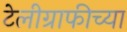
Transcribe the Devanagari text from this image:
टेलीग्राफीच्या